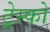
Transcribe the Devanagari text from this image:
ट्रेस्को